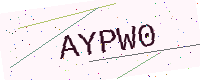
Text: AYPW0